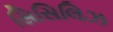
સિસિલિઝ